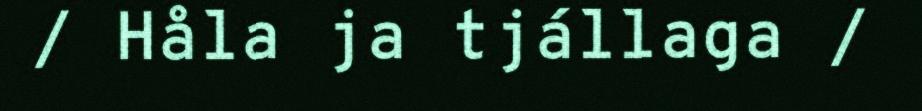
/ Håla ja tjállaga /